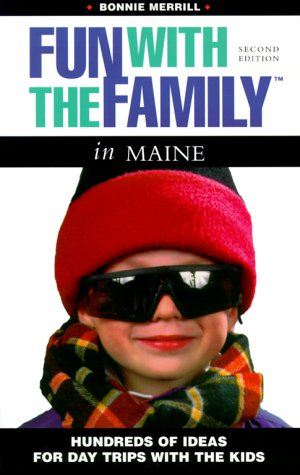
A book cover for Fun with the Family in Maine: Hundreds of Ideas for Day Trips with the Kids (Fun with the Family Series); Bonnie Merrill; Travel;